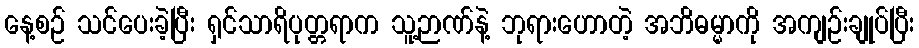
နေ့စဉ် သင်ပေးခဲ့ပြီး ရှင်သာရိပုတ္တရာက သူ့ဉာဏ်နဲ့ ဘုရားဟောတဲ့ အဘိဓမ္မာကို အကျဉ်းချုပ်ပြီး